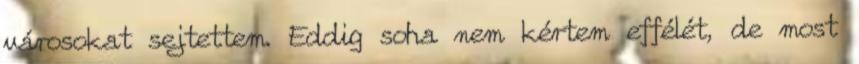
városokat sejtettem. Eddig soha nem kértem effélét, de most